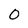
Character: 0